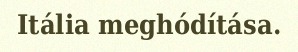
Itália meghódítása.